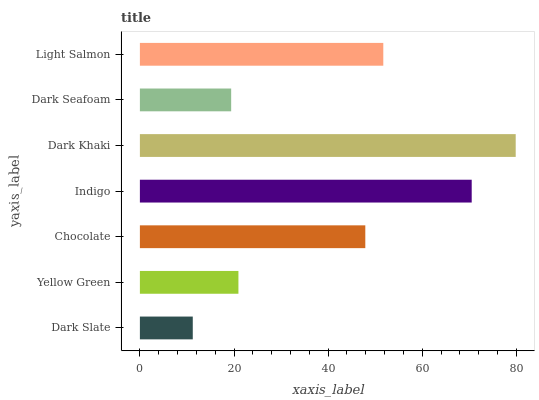
| yaxis_label | bars |
 | --- | --- |
 | Dark Slate | 11.2 |
 | Yellow Green | 20.9 |
 | Chocolate | 47.9 |
 | Indigo | 70.5 |
 | Dark Khaki | 79.8 |
 | Dark Seafoam | 19.4 |
 | Light Salmon | 51.7 |